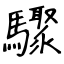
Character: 驟